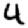
Digit: 4